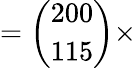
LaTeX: ={\binom{200}{115}}\times